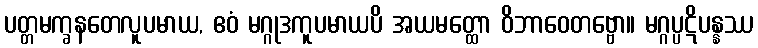
ပတ္တမက္ခနတေလူပမာယ, ဧဝံ မဂ္ဂုဒကူပမာယပိ အယမတ္ထော ဝိဘာဝေတဗ္ဗော။ မဂ္ဂပ္ပဋိပန္နဿ